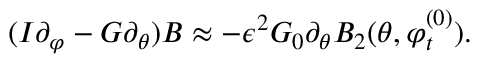
( I \partial _ { \varphi } - G \partial _ { \theta } ) B \approx - \epsilon ^ { 2 } G _ { 0 } \partial _ { \theta } B _ { 2 } ( \theta , \varphi _ { t } ^ { ( 0 ) } ) .